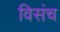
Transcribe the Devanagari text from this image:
विसंच